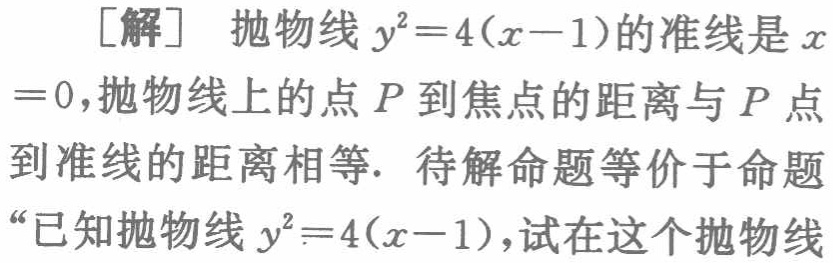
[解] 抛物线 \(y^{2}=4(x - 1)\)的准线是\(x =0\),抛物线上的点\(P\)到焦点的距离与\(P\)点到准线的距离相等. 待解命题等价于命题“已知抛物线\(y^{2}=4(x - 1)\),试在这个抛物线